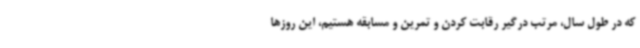
که در طول سال، مرتب درگیر رقابت کردن و تمرین و مسابقه هستیم، این روزها